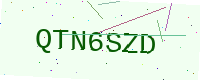
Text: QTN6SZD